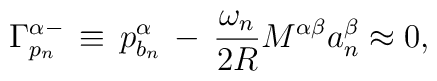
\Gamma_{p_{n}}^{\alpha -}\,\equiv\,p_{b_{n}}^{\alpha}\,- \,\frac{\omega_{n}}{2R} M ^{\alpha \beta} a_{n}^{\beta}\approx 0,\,\,\,\,\,\,\,